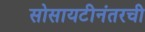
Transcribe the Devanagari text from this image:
सोसायटीनंतरची